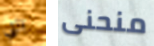
التي منحنى